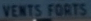
VENTS.FORTS